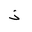
Letter: _thal